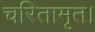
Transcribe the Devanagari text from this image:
चरितामृत।